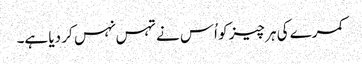
کمرے کی ہر چیز کو اُس نے تہس نہس کر دیا ہے۔